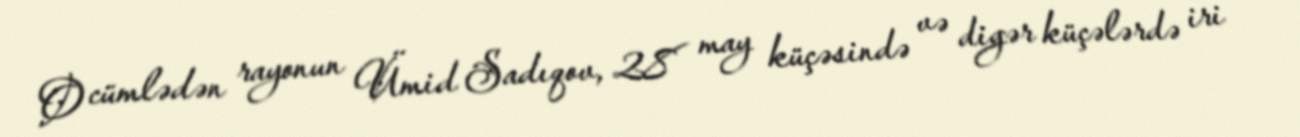
O cümlədən rayonun Ümid Sadıqov, 28 may küçəsində və digər küçələrdə iri